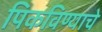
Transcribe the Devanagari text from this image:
पिकविण्याचे